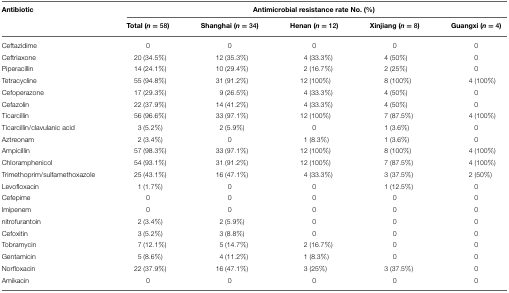
| Antibiotic | <COLSPAN=5> Antimicrobial resistance rate No. (%) |
 |  | Total (n = 58) | Shanghai (n = 34) | Henan (n = 12) | Xinjiang (n = 8) | Guangxi (n = 4) |
 | --- | --- | --- | --- | --- | --- |
 | Ceftazidime | 0 | 0 | 0 | 0 | 0 |
 | Ceftriaxone | 20 (34.5%) | 12 (35.3%) | 4 (33.3%) | 4 (50%) | 0 |
 | Piperacillin | 14 (24.1%) | 10 (29.4%) | 2 (16.7%) | 2 (25%) | 0 |
 | Tetracycline | 55 (94.8%) | 31 (91.2%) | 12 (100%) | 8 (100%) | 4 (100%) |
 | Cefoperazone | 17 (29.3%) | 9 (26.5%) | 4 (33.3%) | 4 (50%) | 0 |
 | Cefazolin | 22 (37.9%) | 14 (41.2%) | 4 (33.3%) | 4 (50%) | 0 |
 | Ticarcillin | 56 (96.6%) | 33 (97.1%) | 12 (100%) | 7 (87.5%) | 4 (100%) |
 | Ticarcillin/clavulanic acid | 3 (5.2%) | 2 (5.9%) | 0 | 1 (3.6%) | 0 |
 | Aztreonam | 2 (3.4%) | 0 | 1 (8.3%) | 1 (3.6%) | 0 |
 | Ampicillin | 57 (98.3%) | 33 (97.1%) | 12 (100%) | 8 (100%) | 4 (100%) |
 | Chloramphenicol | 54 (93.1%) | 31 (91.2%) | 12 (100%) | 7 (87.5%) | 4 (100%) |
 | Trimethoprim/sulfamethoxazole | 25 (43.1%) | 16 (47.1%) | 4 (33.3%) | 3 (37.5%) | 2 (50%) |
 | Levofloxacin | 1 (1.7%) | 0 | 0 | 1 (12.5%) | 0 |
 | Cefepime | 0 | 0 | 0 | 0 | 0 |
 | Imipenem | 0 | 0 | 0 | 0 | 0 |
 | nitrofurantoin | 2 (3.4%) | 2 (5.9%) | 0 | 0 | 0 |
 | Cefoxitin | 3 (5.2%) | 3 (8.8%) | 0 | 0 | 0 |
 | Tobramycin | 7 (12.1%) | 5 (14.7%) | 2 (16.7%) | 0 | 0 |
 | Gentamicin | 5 (8.6%) | 4 (11.2%) | 1 (8.3%) | 0 | 0 |
 | Norfloxacin | 22 (37.9%) | 16 (47.1%) | 3 (25%) | 3 (37.5%) | 0 |
 | Amikacin | 0 | 0 | 0 | 0 | 0 |